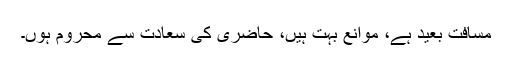
مسافت بعید ہے، موانع بہت ہیں، حاضری کی سعادت سے محروم ہوں۔